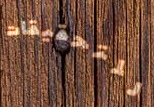
للتحقيقات